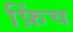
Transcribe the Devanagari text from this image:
फ़िंच